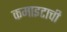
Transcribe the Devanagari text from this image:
कमाइटाची